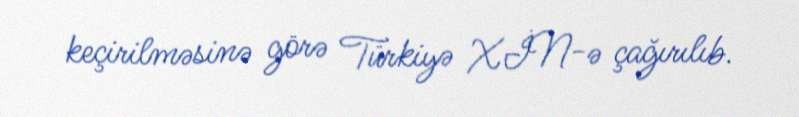
keçirilməsinə görə Türkiyə XİN-ə çağırılıb.